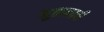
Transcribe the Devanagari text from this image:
भूतानाची